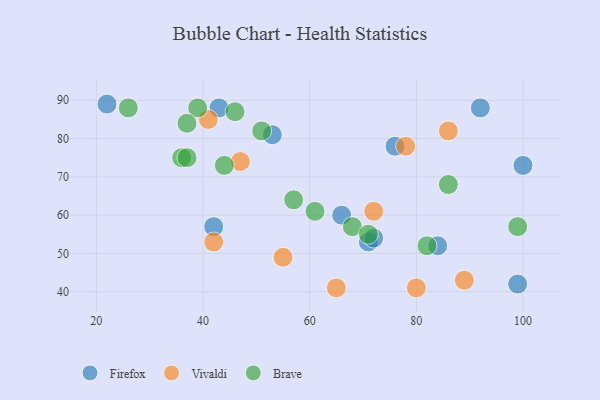
{"axis": {"x": "GDP", "y": "Life Expectancy"}, "legend": ["Brave", "Firefox", "Vivaldi"], "data": [{"x": "22", "y": 89, "type": "Firefox"}, {"x": "42", "y": 57, "type": "Firefox"}, {"x": "84", "y": 52, "type": "Firefox"}, {"x": "66", "y": 60, "type": "Firefox"}, {"x": "71", "y": 53, "type": "Firefox"}, {"x": "43", "y": 88, "type": "Firefox"}, {"x": "72", "y": 54, "type": "Firefox"}, {"x": "53", "y": 81, "type": "Firefox"}, {"x": "92", "y": 88, "type": "Firefox"}, {"x": "76", "y": 78, "type": "Firefox"}, {"x": "100", "y": 73, "type": "Firefox"}, {"x": "99", "y": 42, "type": "Firefox"}, {"x": "80", "y": 41, "type": "Vivaldi"}, {"x": "89", "y": 43, "type": "Vivaldi"}, {"x": "72", "y": 61, "type": "Vivaldi"}, {"x": "65", "y": 41, "type": "Vivaldi"}, {"x": "42", "y": 53, "type": "Vivaldi"}, {"x": "78", "y": 78, "type": "Vivaldi"}, {"x": "47", "y": 74, "type": "Vivaldi"}, {"x": "86", "y": 82, "type": "Vivaldi"}, {"x": "55", "y": 49, "type": "Vivaldi"}, {"x": "41", "y": 85, "type": "Vivaldi"}, {"x": "46", "y": 87, "type": "Brave"}, {"x": "39", "y": 88, "type": "Brave"}, {"x": "26", "y": 88, "type": "Brave"}, {"x": "36", "y": 75, "type": "Brave"}, {"x": "37", "y": 84, "type": "Brave"}, {"x": "68", "y": 57, "type": "Brave"}, {"x": "57", "y": 64, "type": "Brave"}, {"x": "86", "y": 68, "type": "Brave"}, {"x": "51", "y": 82, "type": "Brave"}, {"x": "44", "y": 73, "type": "Brave"}, {"x": "82", "y": 52, "type": "Brave"}, {"x": "99", "y": 57, "type": "Brave"}, {"x": "71", "y": 55, "type": "Brave"}, {"x": "37", "y": 75, "type": "Brave"}, {"x": "61", "y": 61, "type": "Brave"}]}